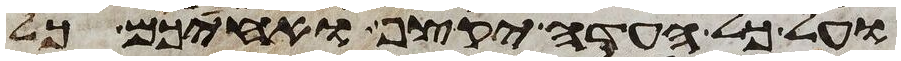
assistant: ועל כל העדה יקצף ואחיכם כל